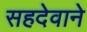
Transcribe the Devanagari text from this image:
सहदेवाने